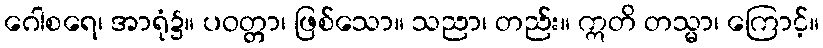
ဂေါစရေ၊ အာရုံ၌။ ပဝတ္တာ၊ ဖြစ်သော။ သညာ၊ တည်း။ ဣတိ တသ္မာ၊ ကြောင့်။